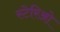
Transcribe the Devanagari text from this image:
स्टेरिओ